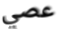
عصي